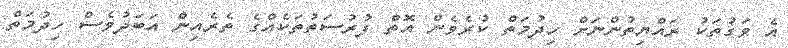
އެ ވަގުތަކު ރައްޔިތުންނަށް ހިދުމަތް ކުރެވެން އޮތް ފުރުސަތުތަކެއްގެ ތެރެއިން އަބަދުވެސް ހިދުމަތް